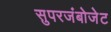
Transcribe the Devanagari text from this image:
सुपरजंबोजेट